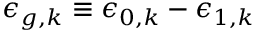
\epsilon _ { g , k } \equiv \epsilon _ { 0 , k } - \epsilon _ { 1 , k }